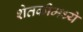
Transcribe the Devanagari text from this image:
शेतकीमध्ये